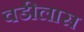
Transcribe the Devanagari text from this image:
वडीलास